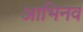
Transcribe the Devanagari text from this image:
आभिनव